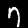
Label: 7